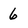
Character: 6